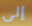
إلى